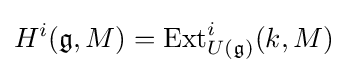
H^{i}({\mathfrak {g}},M)=\operatorname {Ext} _{U({\mathfrak {g}})}^{i}(k,M)